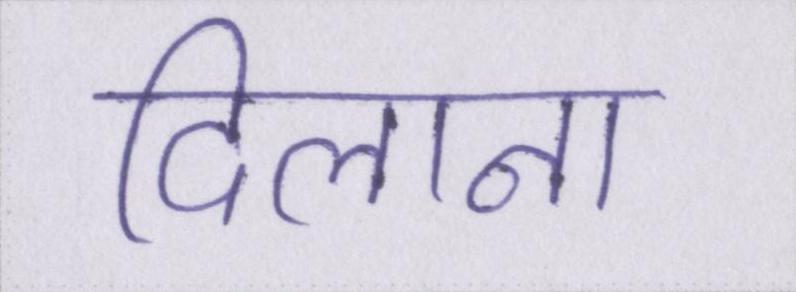
दिलाना